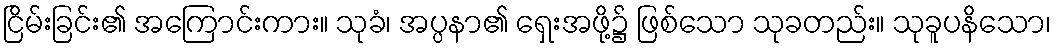
ငြိမ်းခြင်း၏ အကြောင်းကား။ သုခံ၊ အပ္ပနာ၏ ရှေးအဖို့၌ ဖြစ်သော သုခတည်း။ သုခူပနိသော၊